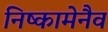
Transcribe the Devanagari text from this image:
निष्कामेनैव